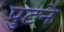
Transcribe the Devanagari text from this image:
पुटने